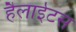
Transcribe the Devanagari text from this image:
हैलाईटस